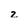
Character: z